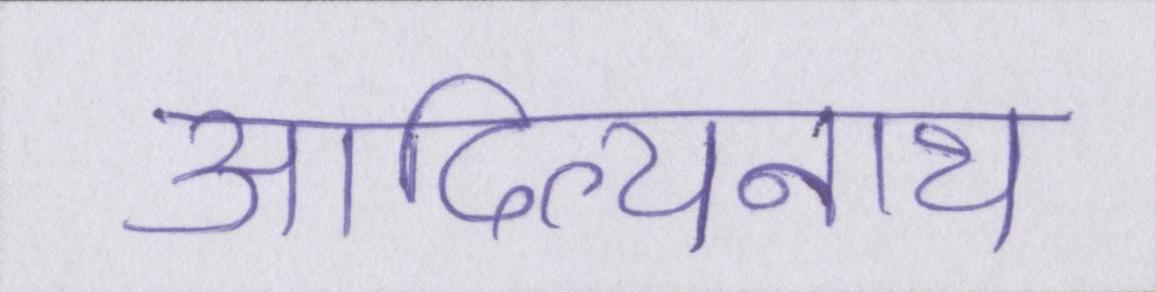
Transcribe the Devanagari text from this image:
आदित्यनाथ